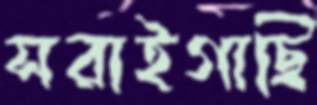
সরাইগাছি